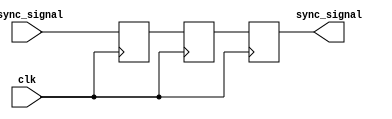
module triple_ff_synchronizer (
    input wire async_signal, // Input signal from asynchronous domain
    input wire clk,          // Clock signal of the synchronous domain
    output reg sync_signal   // Synchronized output signal
);

    // Internal flip-flop signals
    reg ff1, ff2;

    // Sequential logic for the triple flip-flop synchronizer
    always @(posedge clk) begin
        ff1 <= async_signal;  // First flip-flop captures async_signal
        ff2 <= ff1;           // Second flip-flop captures output of FF1
        sync_signal <= ff2;   // Third flip-flop captures output of FF2
    end

endmodule